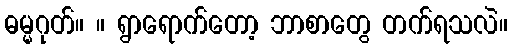
ဓမ္မဂုတ်။ ။ ရွာရောက်တော့ ဘာစာတွေ တက်ရသလဲ။